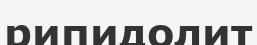
рипидолит